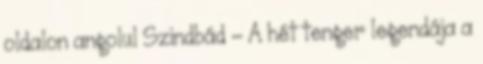
oldalon angolul Szindbád – A hét tenger legendája a